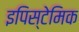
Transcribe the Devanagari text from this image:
इपिस्टेमिक